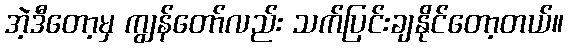
အဲ့ဒီတော့မှ ကျွန်တော်လည်း သက်ပြင်းချနိုင်တော့တယ်။